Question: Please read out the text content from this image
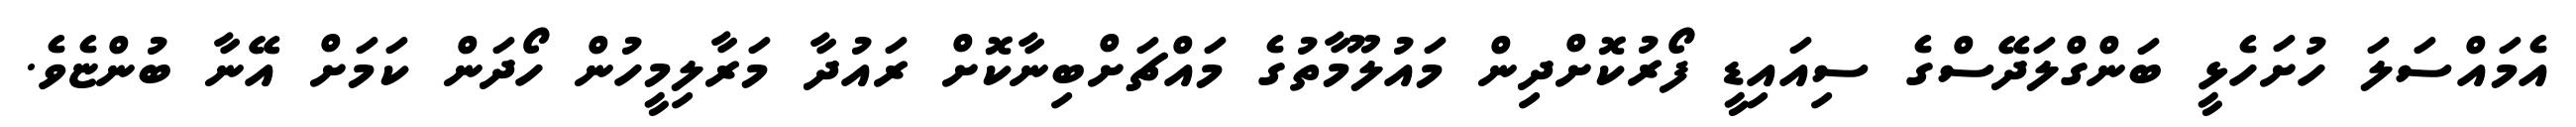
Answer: އެމައްސަލަ ހުށަހެޅީ ބަންގްލަދޭސްގެ ސިއައިޑީ ފޯރުކޮށްދިން މައުލޫމާތުގެ މައްޗަށްބިނާކޮށް ރައުދާ މަރާލިމީހުން ހޯދަން ކަމަށް އޭނާ ބުންޏެވެ.